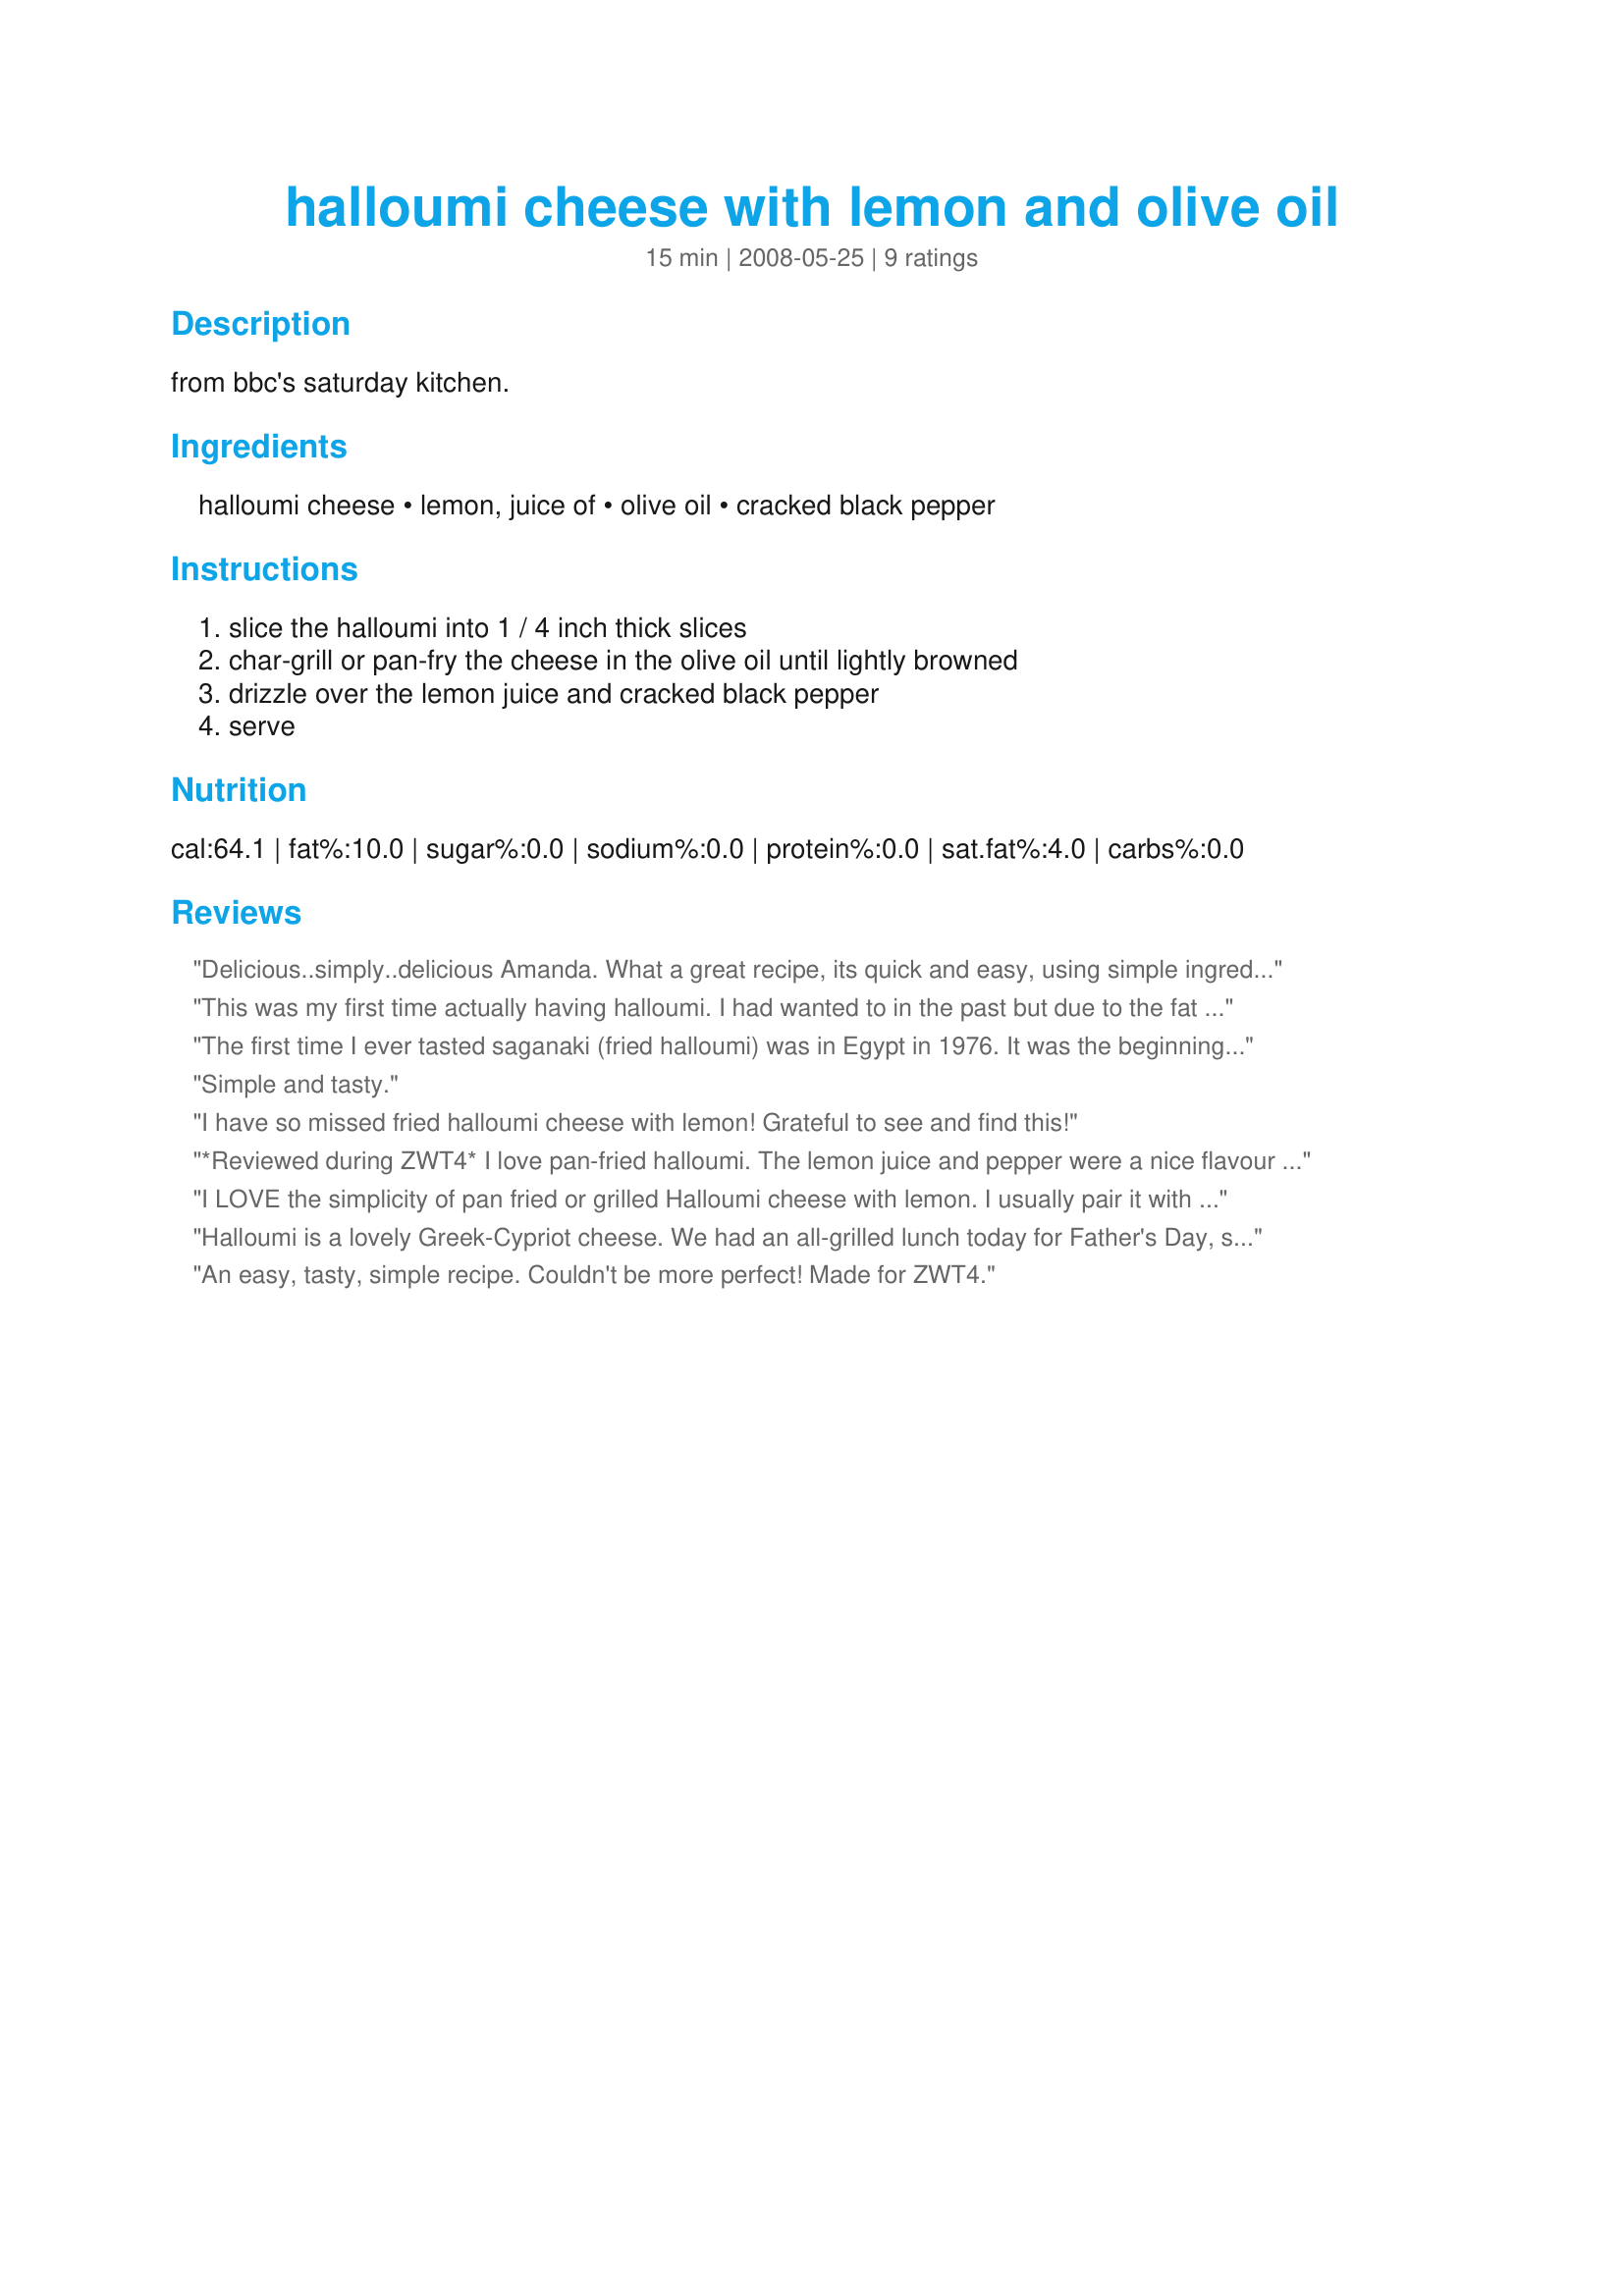
halloumi cheese with lemon and olive oil
Preparation time: 15 minutes

from bbc's saturday kitchen.

Ingredients:
halloumi cheese, lemon, juice of, olive oil, cracked black pepper

Steps:
slice the halloumi into 1 / 4 inch thick slices, char-grill or pan-fry the cheese in the olive oil until lightly browned, drizzle over the lemon juice and cracked black pepper, serve

Reviews:
Delicious..simply..delicious Amanda. What a great recipe, its quick and easy, using simple ingredients. Chewy salty cheese with a lovely crust, lemon and pepper. I served it with toasted sesame bagels, it was perfect. Thanks for sharing, I'll be buying more Halloumi.
This was my first time actually having halloumi. I had wanted to in the past but due to the fat I kept deciding not to. Today I managed to find reduced fat halloumi so I gave this recipe a go and ended up enjoying it :) Thanks! Made for ZWT4.
The first time I ever tasted saganaki (fried halloumi) was in Egypt in 1976. It was the beginning of a love affair, and this recipe re-captures that feeling. Other recipes may suggest flouring the cheese or adding spices, but this recipe is perfection -- it delivers the simple elegance of a true saganaki -- halloumi, oil, lemon and pepper. Thank goodness, I have two more packs of halloumi in the fridge. Yummo!
Simple and tasty.
I have so missed fried halloumi cheese with lemon! Grateful to see and find this!
*Reviewed during ZWT4* I love pan-fried halloumi. The lemon juice and pepper were a nice flavour combo for the cheese. We had this cheese with a green salad for lunch.
I LOVE the simplicity of pan fried or grilled Halloumi cheese with lemon. I usually pair it with good quality Kalamata Olives and Loukaniko Sausage.
Halloumi is a lovely Greek-Cypriot cheese. We had an all-grilled lunch today for Father's Day, so this was a perfect appy. The cheese gets gooey inside but doesn't really melt - it develops a 'crust'. The lemon juice, olive oil and pepper were the perfect complement!
An easy, tasty, simple recipe. Couldn't be more perfect! Made for ZWT4.
